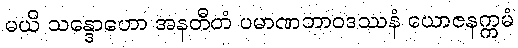
မယိ သန္ဒောဟော အနတီတံ ပမာဏဘာဝဒဿနံ ယောဇနက္ကမံ